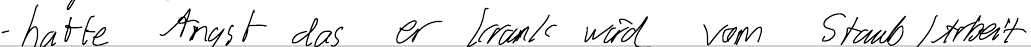
- hatte Angst das er krank wird vom Staub / Arbeit